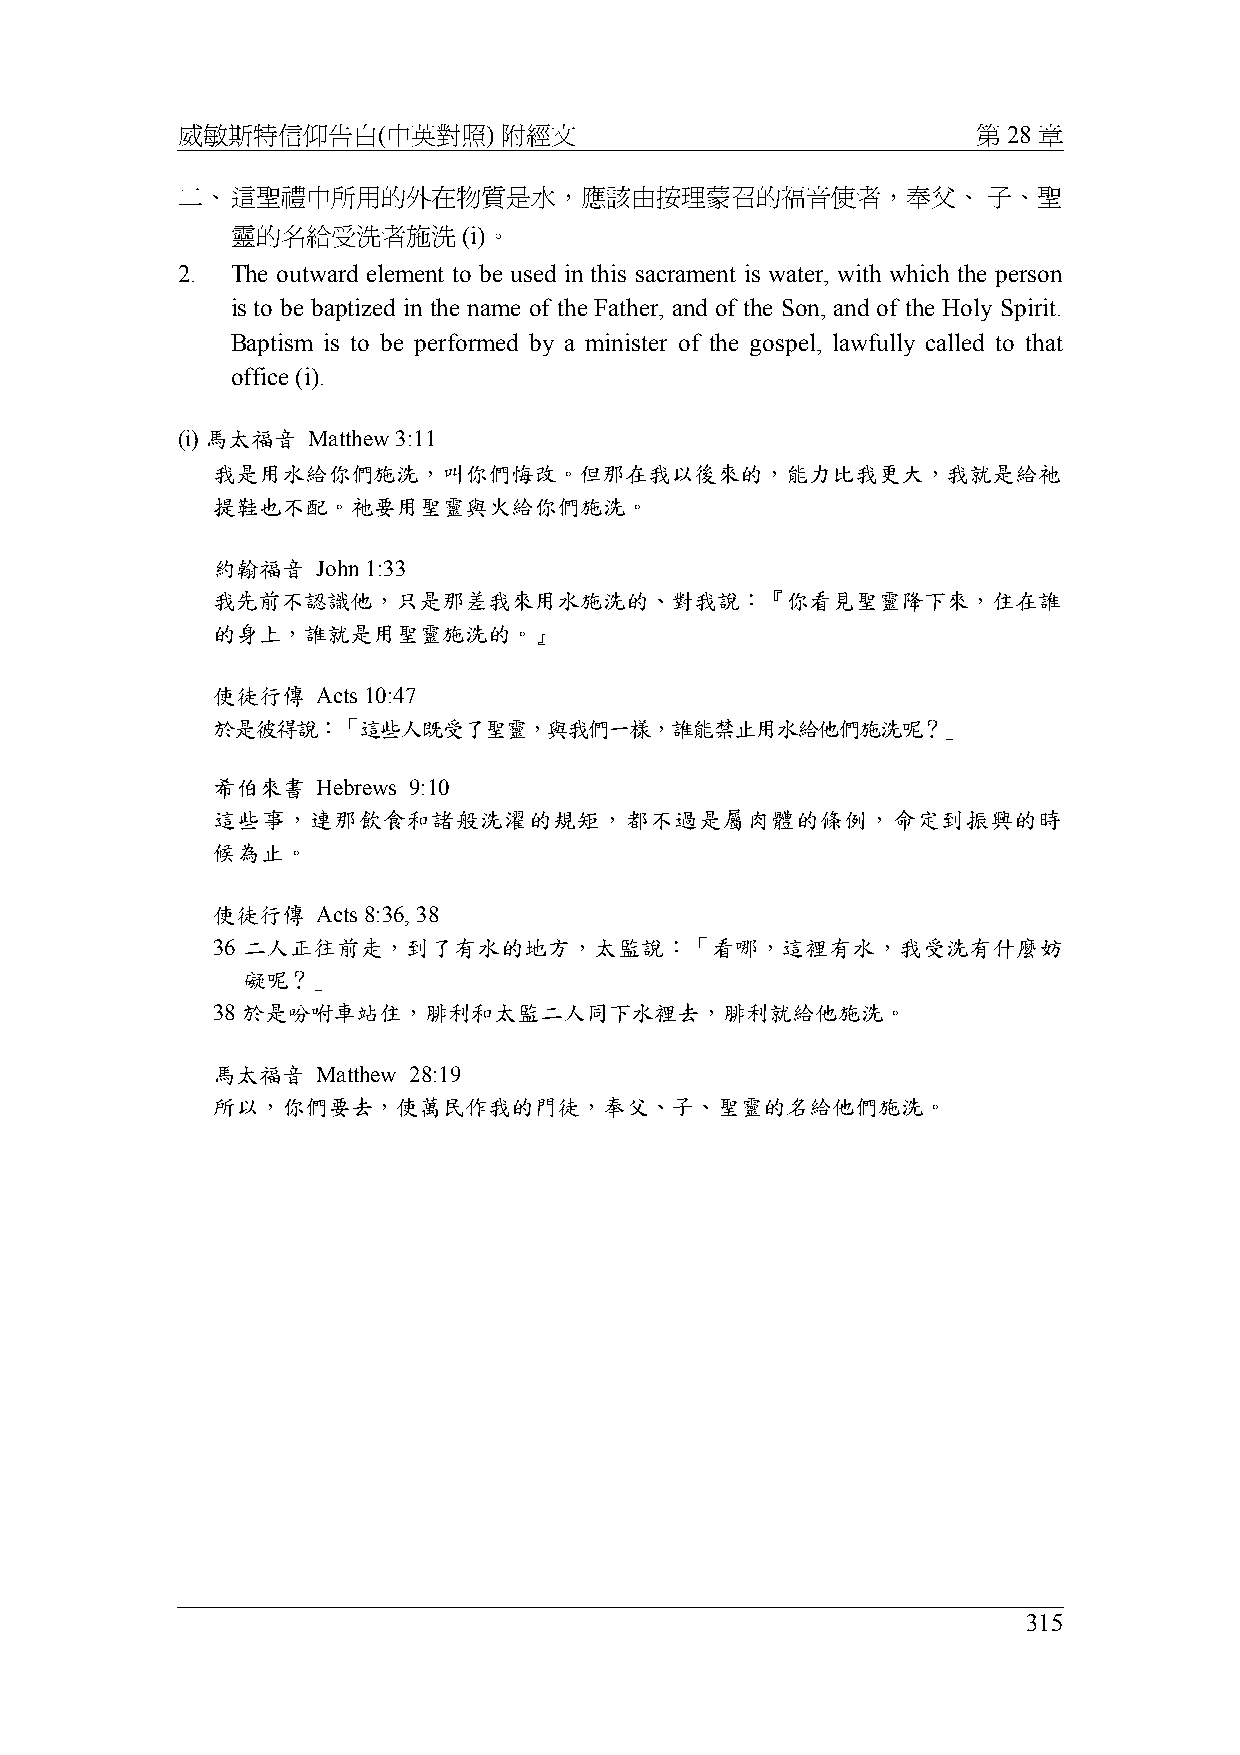
威敏斯特信仰告白(中英對照)       附經文                             第 28 章
 二、這聖禮中所用的外在物質是水，應該由按理蒙召的福音使者，奉父、                     子、聖
 靈的名給受洗者施洗       (i)。
 2. The outward element to be used in this sacrament is water, with which the person
 is to be baptized in the name of the Father, and of the Son, and of the Holy Spirit.
 Baptism is to be performed by a minister of the gospel, lawfully called to that
 office (i).
 (i) 馬太福音 Matthew 3:11
 我是用水給你們施洗，叫你們悔改。但那在我以後來的，能力比我更大，我就是給祂
 提鞋也不配。祂要用聖靈與火給你們施洗。
 約翰福音   John 1:33
 我先前不認識他，只是那差我來用水施洗的、對我說：『你看見聖靈降下來，住在誰
 的身上，誰就是用聖靈施洗的。』
 使徒行傳   Acts 10:47
 於是彼得說：「這些人既受了聖靈，與我們一樣，誰能禁止用水給他們施洗呢？」
 希伯來書   Hebrews 9:10
 這些事，連那飲食和諸般洗濯的規矩，都不過是屬肉體的條例，命定到振興的時
 候為止。
 使徒行傳   Acts 8:36, 38
 36 二人正往前走，到了有水的地方，太監說：「看哪，這裡有水，我受洗有什麼妨
 礙呢？」
 38 於是吩咐車站住，腓利和太監二人同下水裡去，腓利就給他施洗。
 馬太福音   Matthew 28:19
 所以，你們要去，使萬民作我的門徒，奉父、子、聖靈的名給他們施洗。
 315